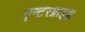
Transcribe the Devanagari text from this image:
एन्टरप्राइझ